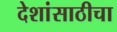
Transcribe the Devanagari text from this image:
देशांसाठीचा